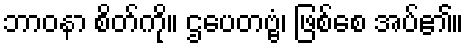
ဘာဝနာ စိတ်ကို။ ဌပေတဗ္ဗံ၊ ဖြစ်စေ အပ်၏။